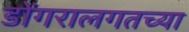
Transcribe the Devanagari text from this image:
डोंगरालगतच्या